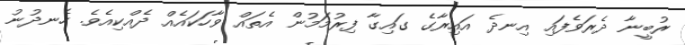
ރުބީނާ ދެރަވެފައި އިނދެ އައިރާގެ ގައިގާ ފިރުމަމުން އެތައް ވާހަކައެއް ދެއްކިއެވެ. ހެނދުނު